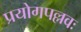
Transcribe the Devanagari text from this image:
प्रयोगपल्लवः